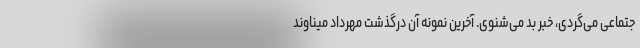
جتماعی می‌گردی، خبر بد می‌شنوی. آخرین نمونه آن درگذشت مهرداد میناوند